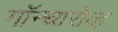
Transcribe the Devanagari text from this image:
गॉन्चारोव्ह